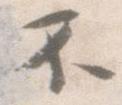
不